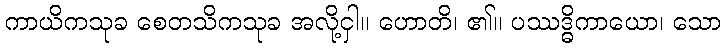
ကာယိကသုခ စေတသိကသုခ အလို့ငှါ။ ဟောတိ၊ ၏။ ပဿဒ္ဓိကာယော၊ သော